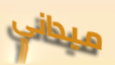
ميداني